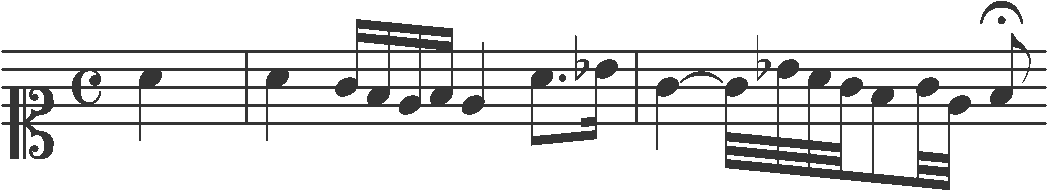
Transcription: clef-C1 timeSignature-C note-A4_quarter barline note-A4_quarter note-G4_sixteenth note-F4_sixteenth note-E4_sixteenth note-F4_sixteenth note-E4_quarter note-A4_eighth. note-Bb4_sixteenth barline note-G4_quarter tie note-G4_thirty_second note-Bb4_thirty_second note-A4_thirty_second note-G4_thirty_second note-F4_eighth note-G4_thirty_second note-E4_thirty_second note-F4_eighth_fermata